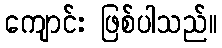
ကျောင်း ဖြစ်ပါသည်။